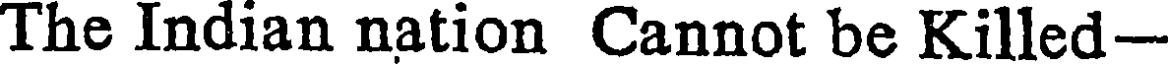
The Indian nation Cannot be Killed-